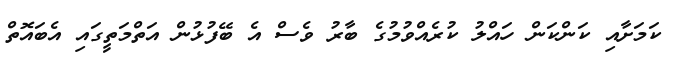
ކަމަށާއި ކަންކަން ހައްލު ކުރެއްވުމުގެ ބާރު ވެސް އެ ބޭފުޅުން އަތްމަތީގައި އެބައޮތް